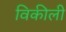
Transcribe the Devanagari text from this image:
विकीली